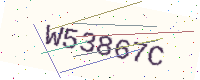
Text: W53867C